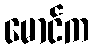
မောင်က